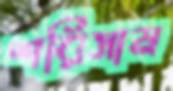
শরিসাম